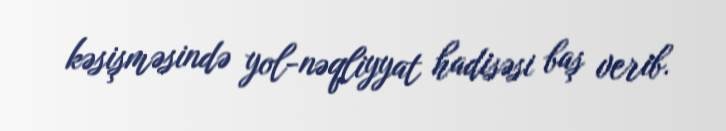
kəsişməsində yol-nəqliyyat hadisəsi baş verib.